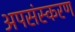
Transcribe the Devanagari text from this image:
अपसंस्करण